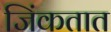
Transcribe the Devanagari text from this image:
जिंकतात